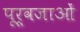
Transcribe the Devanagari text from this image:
पूर्वजाओं